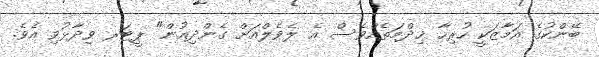
ބޭންކުގެ އަމާޒަކީ ހުރިހާ ޚިދްމަތެއްވެސް އެ ލެވެލްއަށް ގެންދިއުން" ޕީޓަރ ވިދާޅުވި އެވެ.